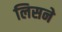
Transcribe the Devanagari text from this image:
लिसने